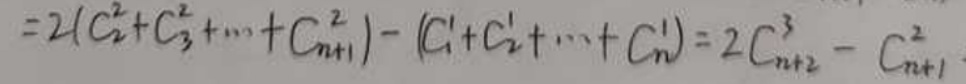
\[
=2\left(C_{2}^{2}+C_{3}^{2}+\cdots +C_{n + 1}^{2}\right)-\left(C_{1}^{1}+C_{2}^{1}+\cdots +C_{n}^{1}\right)=2C_{n + 2}^{3}-C_{n + 1}^{2}
\]